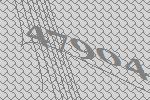
47904